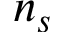
n _ { s }